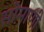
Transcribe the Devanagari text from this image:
सोमाणी